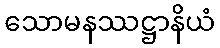
သောမနဿဋ္ဌာနိယံ